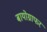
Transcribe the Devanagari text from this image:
बायोग्राफर